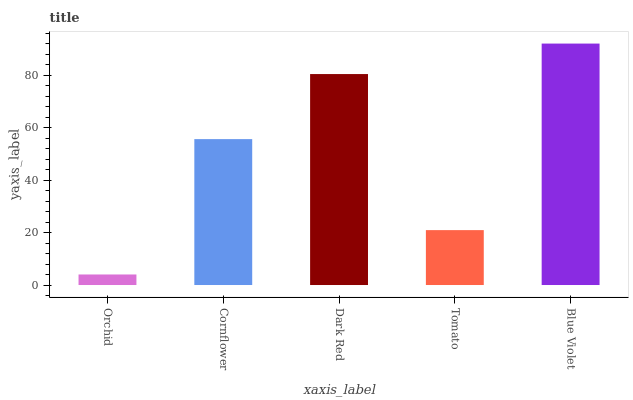
| xaxis_label | bars |
 | --- | --- |
 | Orchid | 4.02 |
 | Cornflower | 55.6 |
 | Dark Red | 80.4 |
 | Tomato | 20.9 |
 | Blue Violet | 92.1 |